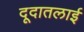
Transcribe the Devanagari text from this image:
दूदातलाई